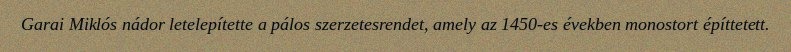
Garai Miklós nádor letelepítette a pálos szerzetesrendet, amely az 1450-es években monostort építtetett.